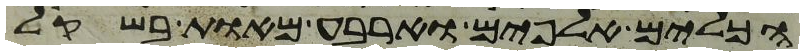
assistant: הכלים אלפים וארבע מאות בשקל